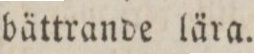
bättrande lära.